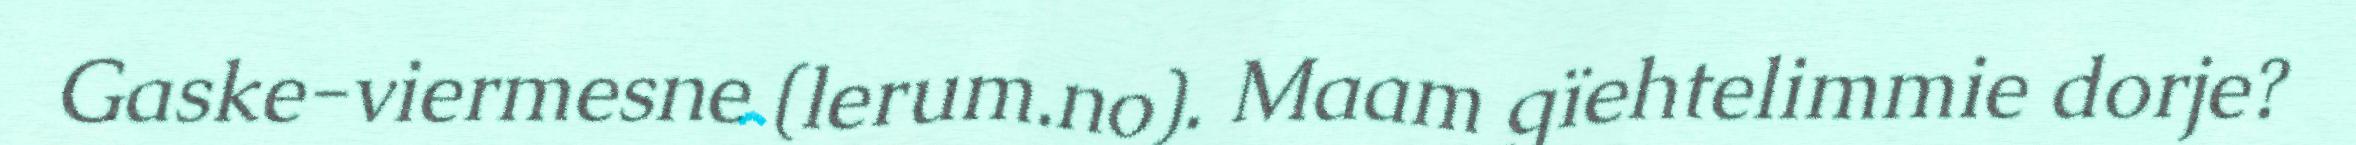
Gaske-viermesne (lerum.no). Maam gïehtelimmie dorje?